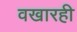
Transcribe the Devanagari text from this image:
वखारही